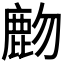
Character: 𪊖